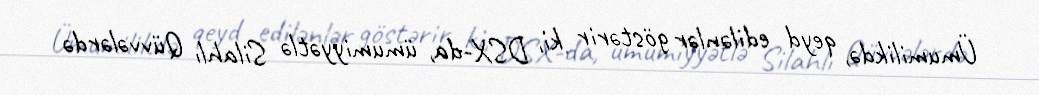
Ümumilikdə, qeyd edilənlər göstərir ki, DSX-da, ümumiyyətlə Silahlı Qüvvələrdə